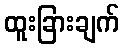
ထူးခြားချက်